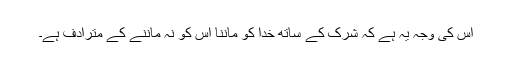
اِس کی وجہ یہ ہے کہ شرک کے ساتھ خدا کو ماننا اُس کو نہ ماننے کے مترادف ہے۔